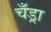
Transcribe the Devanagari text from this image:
चँड्रा